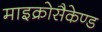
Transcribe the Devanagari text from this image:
माइक्रोसैकेण्ड